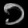
Digit: ၁